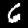
Digit: 6